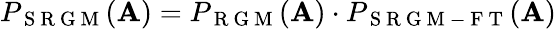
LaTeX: P_{\mathrm{~S~R~G~M~}}(\mathbf{A})=P_{\mathrm{~R~G~M~}}(\mathbf{A})\cdot P_{\mathrm{~S~R~G~M~-~F~T~}}(\mathbf{A})